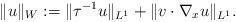
LaTeX: \begin{align*}\|u\|_W:=\|\tau^{-1}u\|_{L^1}+\|v\cdot\nabla_x u\|_{L^1}.\end{align*}